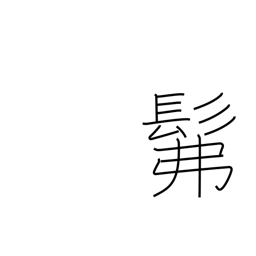
Meaning: dimly